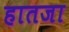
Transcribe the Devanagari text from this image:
हातजा